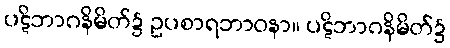
ပဋိဘာဂနိမိတ်၌ ဥပစာရဘာဝနာ။ ပဋိဘာဂနိမိတ်၌